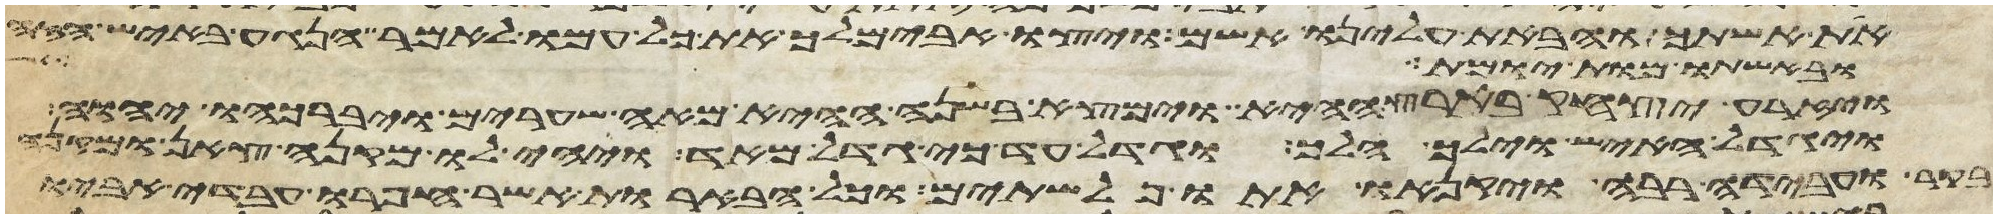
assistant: את אשתך והבאת עלינו אשם ויצו אבימלך את כל עמו לאמר הנגע באיש הזה
ובאשתו מות יומת
ויזרע יצחק בארץ ההיא וימצא בשנה ההיא מאה שערים ויברכהו יהוה
ויגדל האיש וילך הלך וגדל עד כי גדל מאד ויהי לו מקנה צאן ומקנה
בקר ועבדה רבה ויקנאו אתו פלשתים וכל הבארות אשר חפרו עבדי אביו